Annual report on the working of the lock hospitals in the Central Provinces
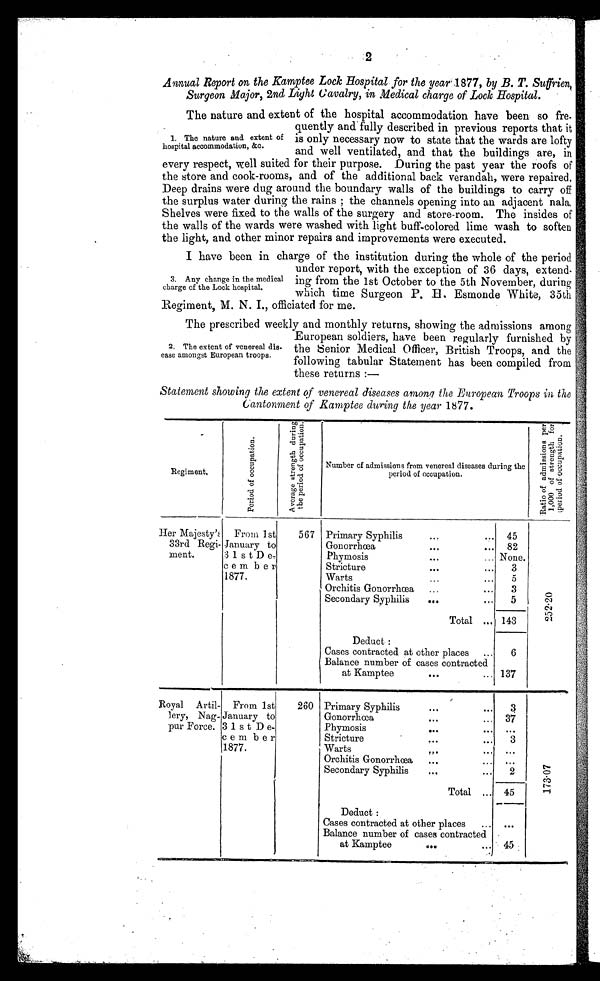
2
Annual Report on the Kamptee Lock Hospital for the year1877, by B. T. Suifrien,
Surgeon Major, 2nd Light Cavalry, in Medical charge of Lock Hospital.
The nature and extent of the hospital accommodation have been so fre.
quently and : fully described in previous reports that it
is only necessary now to state that the wards are lofty
and well ventilated, and that the buildings are, in
every respect, well suited for their purpose. During the past year the roofs of
the store and cook-rooms, and of the additional back verandah, were repaired.
Deep drains were dug around the boundary walls of the buildings to carry off
the surplus water during the rains the channels opening into an adjacent nala,
Shelves were fixed to the walls of the surgery and store-room. The insides of
the walls of the wards were washed with light buff..colored lime wash to soften
the light, and other minor repairs and improvements were executed.
I have been in charge of the institution during the whole of the period
under report, with the exception of 36 days, extend-
ing from the 1st October to the 5th November, during
which time Surgeon P. B. Esmonde White, 35th
Regiment, M. N. L, officiated for me.
The prescribed weekly and monthly returns, showing the admissions among
European soldiers, have been regularly furnished by
the Senior Medical Officer, British Troops, and the
following tabular Statement has been compiled from
these returns :—
Statement showing the extent of venereal diseases among the European Troops in the
Cantonment of Ramptee during the year 1877.
..
Regiment,
P e r i o d o f o c c u p a t i o n .
A v e r a g e s t r e n g t h d u r i n g
Number of admissions from venereal diseases during the
period of occupation.
R a t i o o f a d m i s s i o n s p e r 1 , 0 0 0 o f s t r e n g t h f o r p e r i o d o f o c c u p a t i o n .
Her Majesty's
33rd Regi-
anent.
From 1st
January to
31 stDe,
c e m b e r
1877.
567 Primary Syphilis
...
... 45
2 5 2 . 2 0
..............
Gonorrhcea
...
... 82
Phymosis
...
... None.
Stricture
...
...
3
Warts
...
...
5
. Orchitis Gonorrhcea
...
...
3
Secondary Syphilis
...
...
5
Total ... 143
Deduct :
Cases contracted at other places
...
6
Balance number of cases contracted
at Kamptee
..,.
... 137
Royal Artil-
lery, Nag-
pur Force.
From 1st
January to
3 1 s t D e-
cem ber
1877.
260 Primary Syphilis
...
. . .
4
1 7 3 . 0 7
Gonorrhoea
...
,.. 37
Phymosis
...
Stricture
...
...
3
Warts
.,.
... "4
Orchitis Gonorrhcea
...
... . . .
Secondary Syphilis
...
...
2
Total ... 45
Deduct :
Cases contracted at other places
... ...
Balance number of cases contracted
at Kamptee
GO.
...
45
1. The nature and extent of
hognital accommodation, &c.
3. Any change in the medical
charge of the Lock hospital.
2. The extent of venereal dis.
ease amongst European troops.